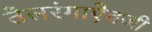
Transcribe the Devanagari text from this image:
तैलरंगाऐवजी